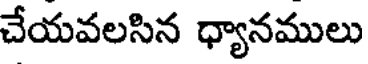
చేయవలసిన ధ్యానములు